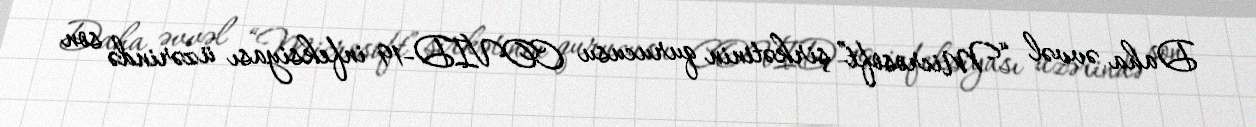
Daha əvvəl “Microsoft” şirkətinin qurucusu COVID-19 infeksiyası üzərində son